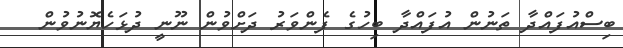
ބިސްއުފައްދާ ތަނުން އުފައްދާ ބިހުގެ ފެންވަރު ދަށްވުން ނޫނީ ދުޅަހެޔޮނުވުން